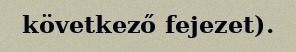
következő fejezet).